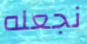
نجعله